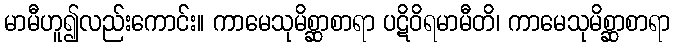
မာမီဟူ၍လည်းကောင်း။ ကာမေသုမိစ္ဆာစာရာ ပဋိဝိရမာမီတိ၊ ကာမေသုမိစ္ဆာစာရာ